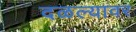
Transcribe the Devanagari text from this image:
दळल्यावर